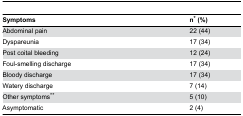
| Symptoms | n* (%) |
 | --- | --- |
 | Abdominal pain | 22 (44) |
 | Dyspareunia | 17 (34) |
 | Post coital bleeding | 12 (24) |
 | Foul-smelling discharge | 17 (34) |
 | Bloody discharge | 17 (34) |
 | Watery discharge | 7 (14) |
 | Other symptoms** | 5 (10) |
 | Asymptomatic | 2 (4) |